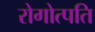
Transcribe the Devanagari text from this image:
रोगोत्पति